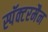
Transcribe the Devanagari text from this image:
स्पॅक्टरमैन